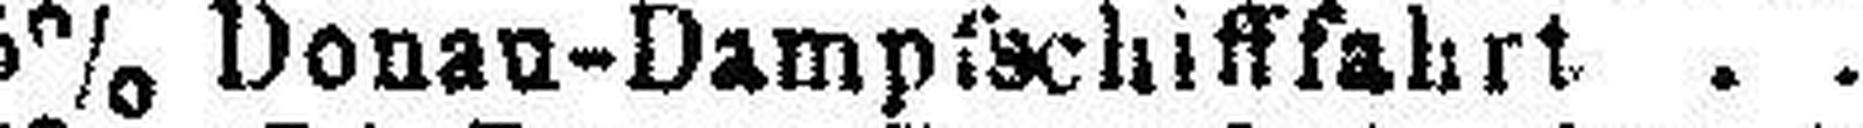
5% Donau-Dampfschifffahrt